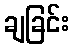
ချခြင်း